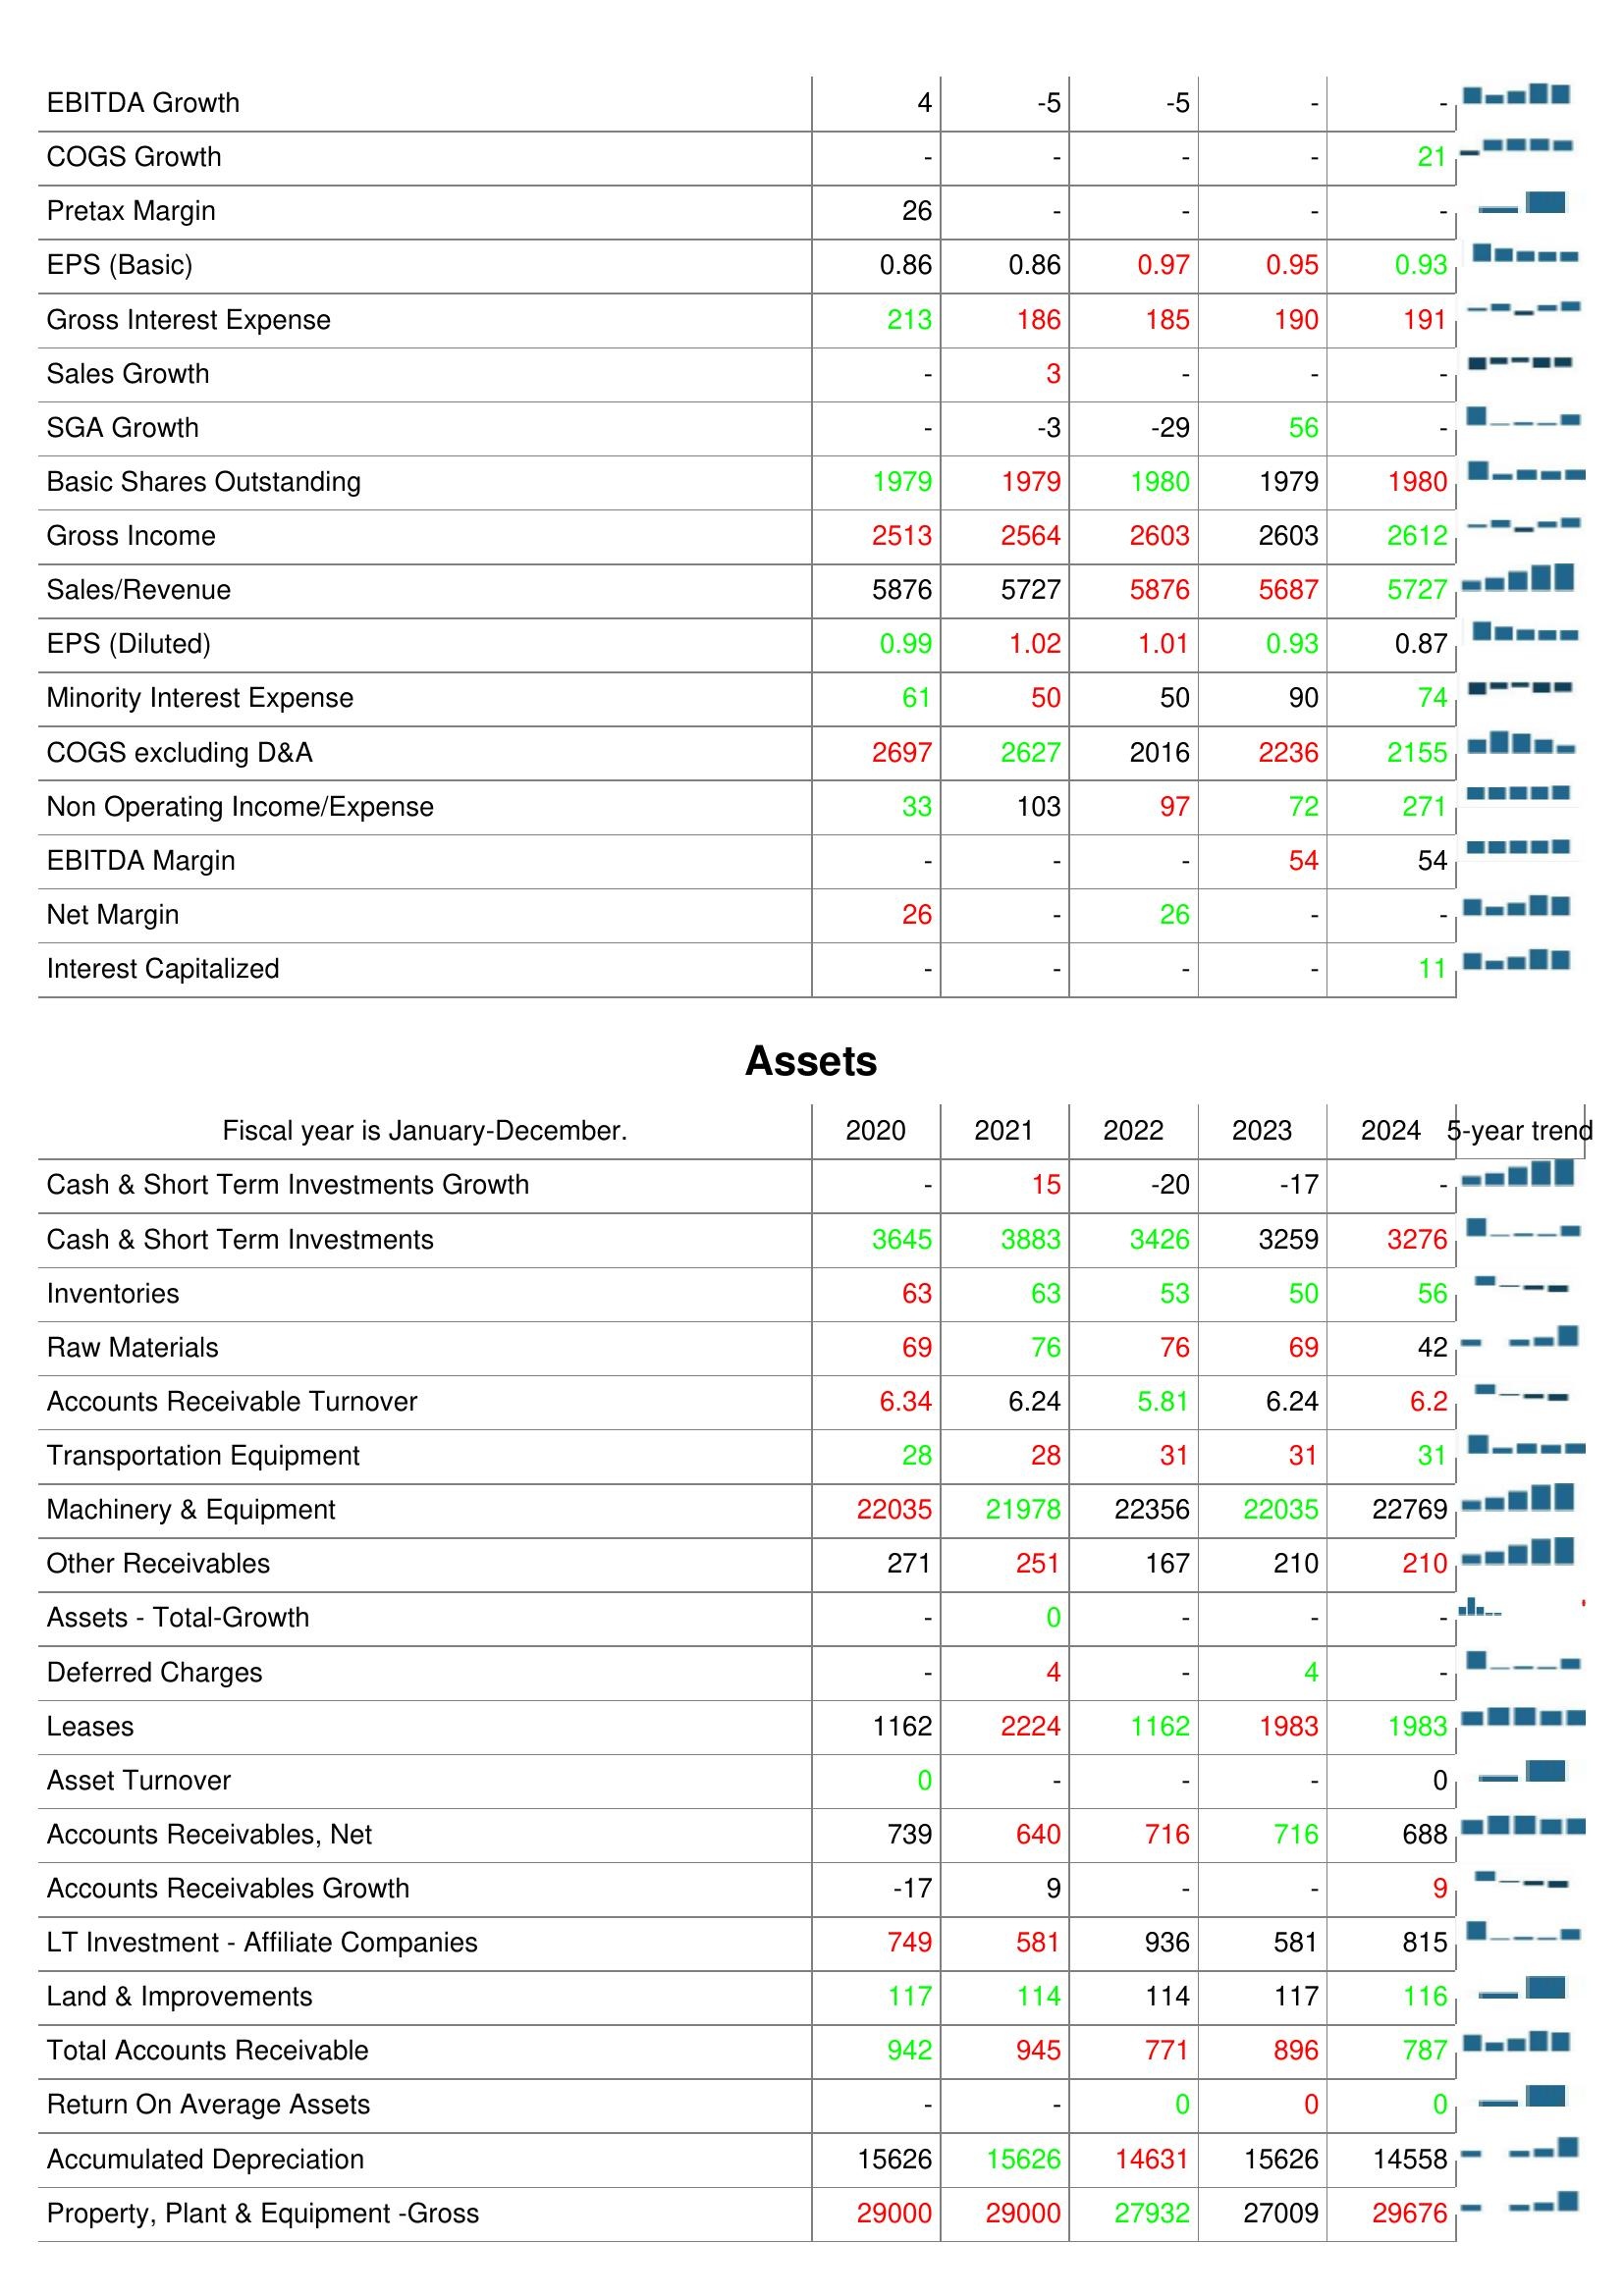
2020: : EBITDA Growth: 4
COGS Growth: -
Pretax Margin: 26
EPS (Basic): 0.86
Gross Interest Expense: 213
Sales Growth: -
SGA Growth: -
Basic Shares Outstanding: 1979
Gross Income: 2513
Sales/Revenue: 5876
EPS (Diluted): 0.99
Minority Interest Expense: 61
COGS excluding D&A: 2697
Non Operating Income/Expense: 33
EBITDA Margin: -
Net Margin: 26
Interest Capitalized: -
Assets: Cash & Short Term Investments Growth: -
Cash & Short Term Investments: 3645
Inventories: 63
Raw Materials: 69
Accounts Receivable Turnover: 6.34
Transportation Equipment: 28
Machinery & Equipment: 22035
Other Receivables: 271
Assets - Total-Growth: -
Deferred Charges: -
Leases: 1162
Asset Turnover: 0
Accounts Receivables, Net: 739
Accounts Receivables Growth: -17
LT Investment - Affiliate Companies: 749
Land & Improvements: 117
Total Accounts Receivable: 942
Return On Average Assets: -
Accumulated Depreciation: 15626
Property, Plant & Equipment -Gross: 29000
2021: : EBITDA Growth: -5
COGS Growth: -
Pretax Margin: -
EPS (Basic): 0.86
Gross Interest Expense: 186
Sales Growth: 3
SGA Growth: -3
Basic Shares Outstanding: 1979
Gross Income: 2564
Sales/Revenue: 5727
EPS (Diluted): 1.02
Minority Interest Expense: 50
COGS excluding D&A: 2627
Non Operating Income/Expense: 103
EBITDA Margin: -
Net Margin: -
Interest Capitalized: -
Assets: Cash & Short Term Investments Growth: 15
Cash & Short Term Investments: 3883
Inventories: 63
Raw Materials: 76
Accounts Receivable Turnover: 6.24
Transportation Equipment: 28
Machinery & Equipment: 21978
Other Receivables: 251
Assets - Total-Growth: 0
Deferred Charges: 4
Leases: 2224
Asset Turnover: -
Accounts Receivables, Net: 640
Accounts Receivables Growth: 9
LT Investment - Affiliate Companies: 581
Land & Improvements: 114
Total Accounts Receivable: 945
Return On Average Assets: -
Accumulated Depreciation: 15626
Property, Plant & Equipment -Gross: 29000
2022: : EBITDA Growth: -5
COGS Growth: -
Pretax Margin: -
EPS (Basic): 0.97
Gross Interest Expense: 185
Sales Growth: -
SGA Growth: -29
Basic Shares Outstanding: 1980
Gross Income: 2603
Sales/Revenue: 5876
EPS (Diluted): 1.01
Minority Interest Expense: 50
COGS excluding D&A: 2016
Non Operating Income/Expense: 97
EBITDA Margin: -
Net Margin: 26
Interest Capitalized: -
Assets: Cash & Short Term Investments Growth: -20
Cash & Short Term Investments: 3426
Inventories: 53
Raw Materials: 76
Accounts Receivable Turnover: 5.81
Transportation Equipment: 31
Machinery & Equipment: 22356
Other Receivables: 167
Assets - Total-Growth: -
Deferred Charges: -
Leases: 1162
Asset Turnover: -
Accounts Receivables, Net: 716
Accounts Receivables Growth: -
LT Investment - Affiliate Companies: 936
Land & Improvements: 114
Total Accounts Receivable: 771
Return On Average Assets: 0
Accumulated Depreciation: 14631
Property, Plant & Equipment -Gross: 27932
2023: : EBITDA Growth: -
COGS Growth: -
Pretax Margin: -
EPS (Basic): 0.95
Gross Interest Expense: 190
Sales Growth: -
SGA Growth: 56
Basic Shares Outstanding: 1979
Gross Income: 2603
Sales/Revenue: 5687
EPS (Diluted): 0.93
Minority Interest Expense: 90
COGS excluding D&A: 2236
Non Operating Income/Expense: 72
EBITDA Margin: 54
Net Margin: -
Interest Capitalized: -
Assets: Cash & Short Term Investments Growth: -17
Cash & Short Term Investments: 3259
Inventories: 50
Raw Materials: 69
Accounts Receivable Turnover: 6.24
Transportation Equipment: 31
Machinery & Equipment: 22035
Other Receivables: 210
Assets - Total-Growth: -
Deferred Charges: 4
Leases: 1983
Asset Turnover: -
Accounts Receivables, Net: 716
Accounts Receivables Growth: -
LT Investment - Affiliate Companies: 581
Land & Improvements: 117
Total Accounts Receivable: 896
Return On Average Assets: 0
Accumulated Depreciation: 15626
Property, Plant & Equipment -Gross: 27009
2024: : EBITDA Growth: -
COGS Growth: 21
Pretax Margin: -
EPS (Basic): 0.93
Gross Interest Expense: 191
Sales Growth: -
SGA Growth: -
Basic Shares Outstanding: 1980
Gross Income: 2612
Sales/Revenue: 5727
EPS (Diluted): 0.87
Minority Interest Expense: 74
COGS excluding D&A: 2155
Non Operating Income/Expense: 271
EBITDA Margin: 54
Net Margin: -
Interest Capitalized: 11
Assets: Cash & Short Term Investments Growth: -
Cash & Short Term Investments: 3276
Inventories: 56
Raw Materials: 42
Accounts Receivable Turnover: 6.2
Transportation Equipment: 31
Machinery & Equipment: 22769
Other Receivables: 210
Assets - Total-Growth: -
Deferred Charges: -
Leases: 1983
Asset Turnover: 0
Accounts Receivables, Net: 688
Accounts Receivables Growth: 9
LT Investment - Affiliate Companies: 815
Land & Improvements: 116
Total Accounts Receivable: 787
Return On Average Assets: 0
Accumulated Depreciation: 14558
Property, Plant & Equipment -Gross: 29676